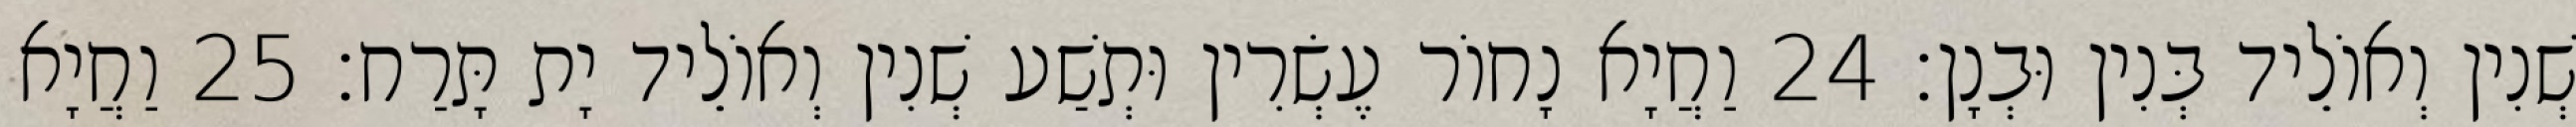
שְׁנִין וְאוֹלֵיד בְּנִין וּבְנָן׃ 24 וַחֲיָא נָחוֹר עֶשְׂרִין וּתְשַׁע שְׁנִין וְאוֹלֵיד יָת תָּרַח׃ 25 וַחֲיָא